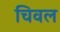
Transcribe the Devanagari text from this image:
चिवल